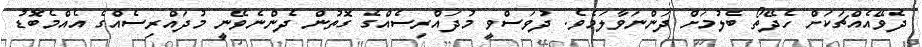
ދެވޭއެއްޗަކަށް ހެދޭތޯ ބެލުމަށް ދަންނަވާލަމެވެ. ދުވަސްވީ މުދައްރިސެއްގެ ގޮތުން ދެންނެވޭނީ މުދައްރިސެއްގެ އެއްމެބޮޑު